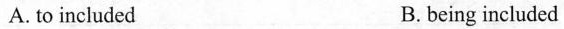
A. to included B.being included